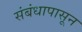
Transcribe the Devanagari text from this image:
संबंधापासून